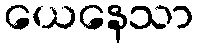
ယေနေသာ